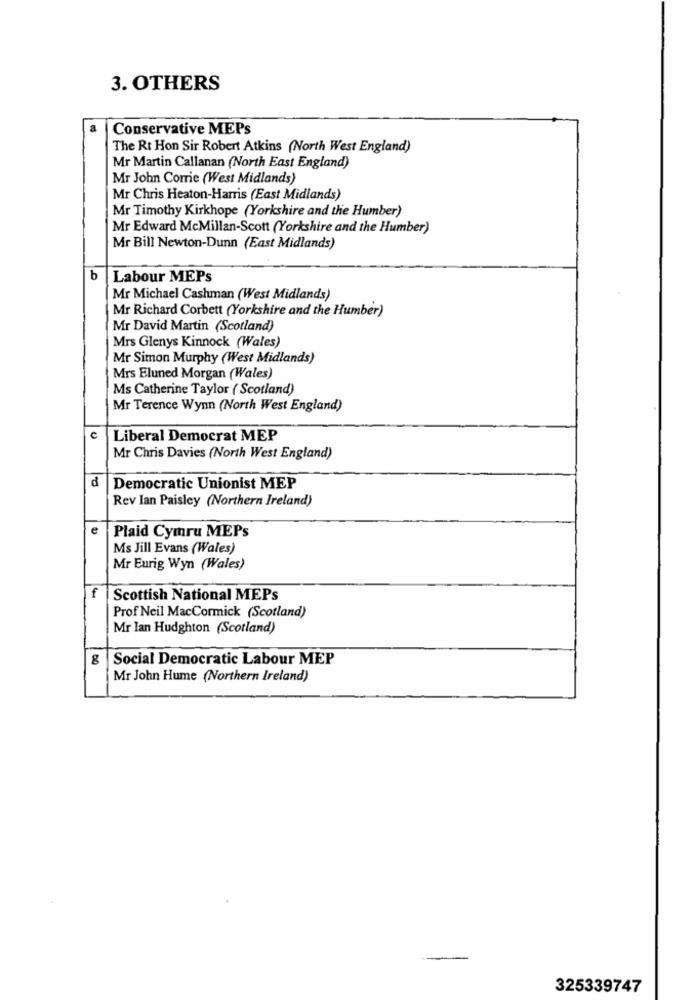
3. OTHERS
Conservative MEPs
The Rt Hon Sir Robert Atkins (North West England)
Mr Martin Callanan (North East England)
Mr John Come (West Midlands)
Mr Chris Heaton-Harris (East Midlands)
Mr Timothy Kirkhope (Yorkshire and the Humber)
Mr Edward McMillan-Scott (Yorkshire and the Humber)
Mr Bill Newton-Dunn (East Midlands)
b
Labour MEPs
Mr Michael Cashman (West Midlands)
Mr Richard Corbett (Yorkshire and the Humber)
Mr David Martin (Scotland)
Mrs Glenys Kinnock (Wales)
Mr Simon Murphy (West Midlands)
Mrs Eluned Morgan (Wales)
Ms Catherine Taylor ( Scotland)
Mr Terence Wynn (North West England)
c
Liberal Democrat MEP
Mr Chris Davies (North West England)
d
Democratic Unionist MEP
Rev Ian Paisley (Northern Ireland)
e
Plaid Cymru MEPs
Ms Jill Evans (Wales)
Mr Eurig Wyn (Wales)
f
Scottish National MEPs
Prof Neil MacCormick (Scotland)
Mr lan Hudghton (Scotland)
g
Social Democratic Labour MEP
Mr John Hume (Northern Ireland)
325339747